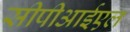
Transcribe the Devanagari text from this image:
सीपीआईएल